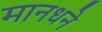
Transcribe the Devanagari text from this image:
मानधने